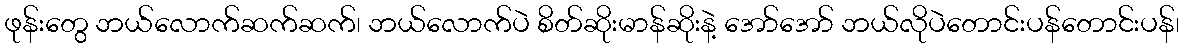
ဖုန်းတွေ ဘယ်လောက်ဆက်ဆက်၊ ဘယ်လောက်ပဲ စိတ်ဆိုးမာန်ဆိုးနဲ့ အော်အော် ဘယ်လိုပဲတောင်းပန်တောင်းပန်၊